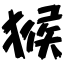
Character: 猴